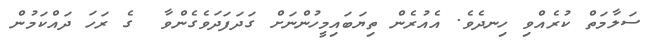
ސަލާމަތް ކުރެއްވި ހިނދެވެ. އެއުރެން ތިޔަބައިމީހުންނަށް ގަދަފަދަވެގެންވާ  ގެ ރަހަ ދައްކަމުން